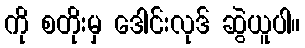
ကို စတိုးမှ ဒေါင်းလုဒ် ဆွဲယူပါ။